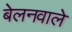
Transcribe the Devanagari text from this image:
बेलनवाले